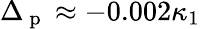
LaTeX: \Delta_{\mathrm{~p~}}\approx-0.002\kappa_{1}